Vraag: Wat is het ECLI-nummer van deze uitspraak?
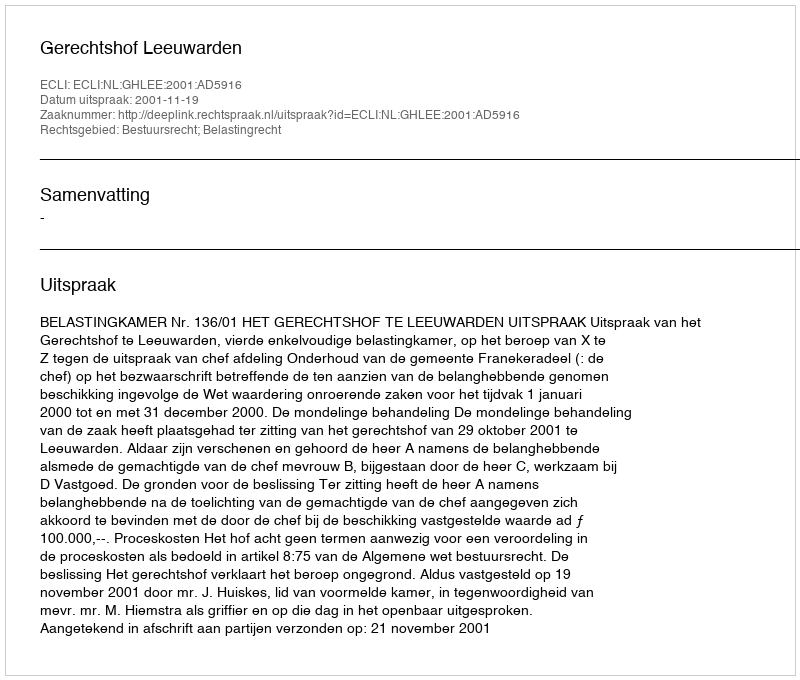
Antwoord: ECLI:NL:GHLEE:2001:AD5916